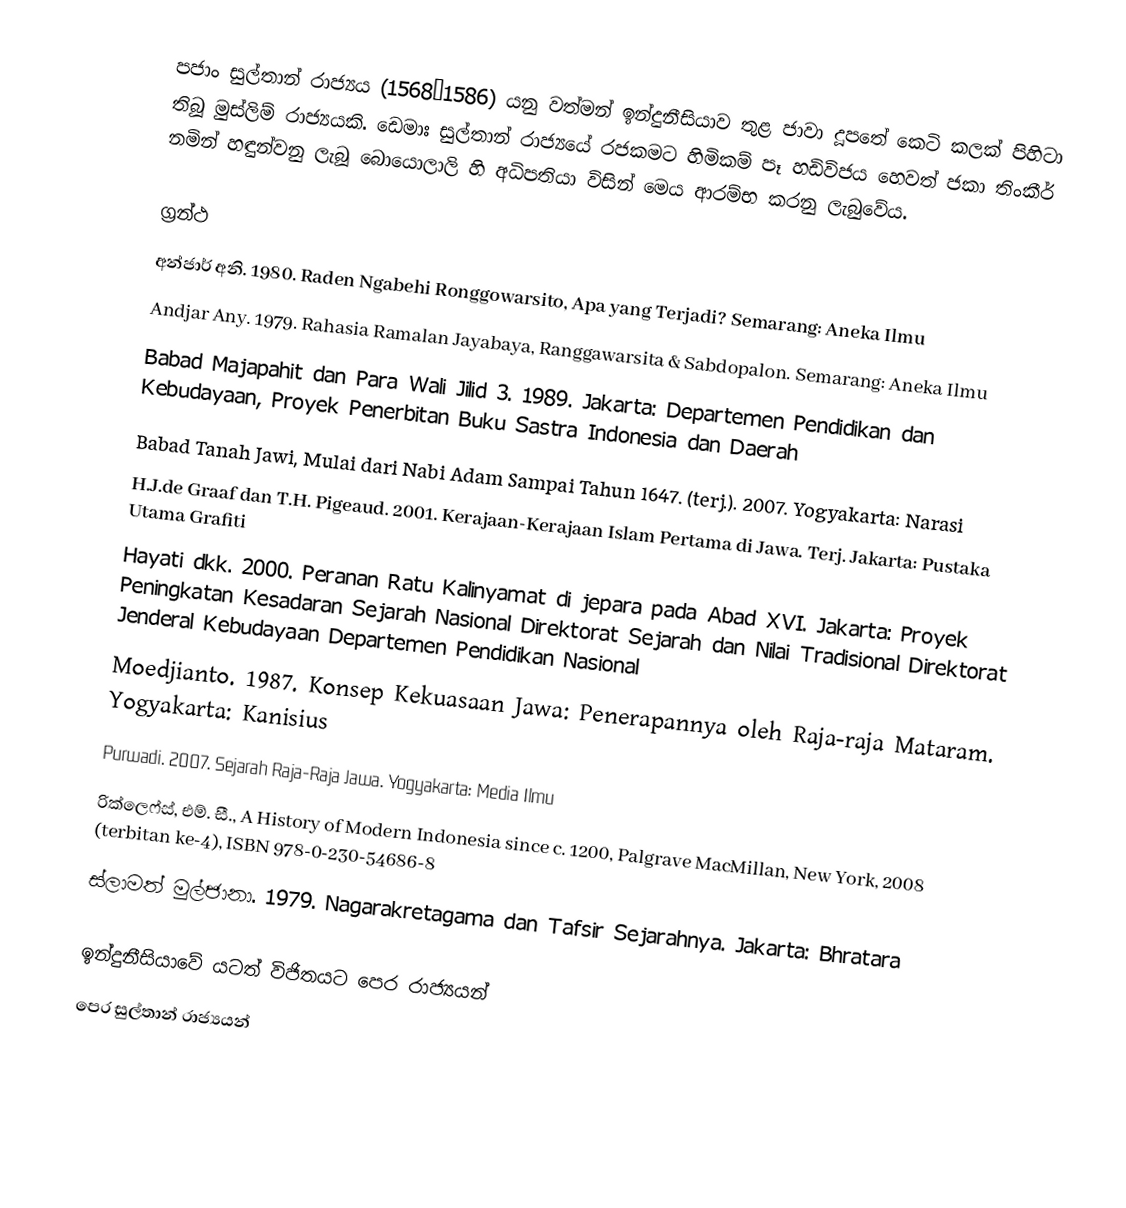
පජාං සුල්තාන් රාජ්‍යය (1568–1586) යනු වත්මන් ඉන්දුනීසියාව තුළ ජාවා දූපතේ කෙටි කලක් පිහිටා තිබූ මුස්ලිම් රාජ්‍යයකි. ඩෙමාඃ සුල්තාන් රාජ්‍යයේ රජකමට හිමිකම් පෑ හඩිවිජය හෙවත් ජකා තිංකීර් නමින් හඳුන්වනු ලැබූ බොයොලාලි හි අධිපතියා විසින් මෙය ආරම්භ කරනු ලැබුවේය.

ග්‍රන්ථ
 අන්ජාර් අනි. 1980. Raden Ngabehi Ronggowarsito, Apa yang Terjadi? Semarang: Aneka Ilmu
 Andjar Any. 1979. Rahasia Ramalan Jayabaya, Ranggawarsita & Sabdopalon. Semarang: Aneka Ilmu
 Babad Majapahit dan Para Wali Jilid 3. 1989. Jakarta: Departemen Pendidikan dan Kebudayaan, Proyek Penerbitan Buku Sastra Indonesia dan Daerah
 Babad Tanah Jawi, Mulai dari Nabi Adam Sampai Tahun 1647. (terj.). 2007. Yogyakarta: Narasi
 H.J.de Graaf dan T.H. Pigeaud. 2001. Kerajaan-Kerajaan Islam Pertama di Jawa. Terj. Jakarta: Pustaka Utama Grafiti
 Hayati dkk. 2000. Peranan Ratu Kalinyamat di jepara pada Abad XVI. Jakarta: Proyek Peningkatan Kesadaran Sejarah Nasional Direktorat Sejarah dan Nilai Tradisional Direktorat Jenderal Kebudayaan Departemen Pendidikan Nasional
 Moedjianto. 1987. Konsep Kekuasaan Jawa: Penerapannya oleh Raja-raja Mataram. Yogyakarta: Kanisius
 Purwadi. 2007. Sejarah Raja-Raja Jawa. Yogyakarta: Media Ilmu
 රික්ලෙෆ්ස්, එම්. සී., A History of Modern Indonesia since c. 1200, Palgrave MacMillan, New York, 2008 (terbitan ke-4), ISBN 978-0-230-54686-8
 ස්ලාමත් මුල්ජානා. 1979. Nagarakretagama dan Tafsir Sejarahnya. Jakarta: Bhratara

ඉන්දුනීසියාවේ යටත් විජිතයට පෙර රාජ්‍යයන්
පෙර සුල්තාන් රාජ්‍යයන්